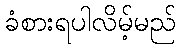
ခံစားရပါလိမ့်မည်